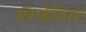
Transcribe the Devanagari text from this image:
पॅराडेनिया